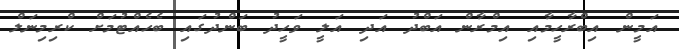
އަމީން އިބްރާހީމާއި އިމްރާން އަބްދު އަދި އަލީ ވަހީދު ބަންދުގައި ބެހެއްޓުމަށް ކްރިމިނަލް